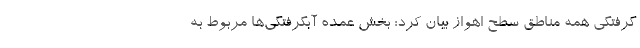
گرفتگی همه مناطق سطح اهواز بیان کرد: بخش عمده آبگرفتگی‌ها مربوط به